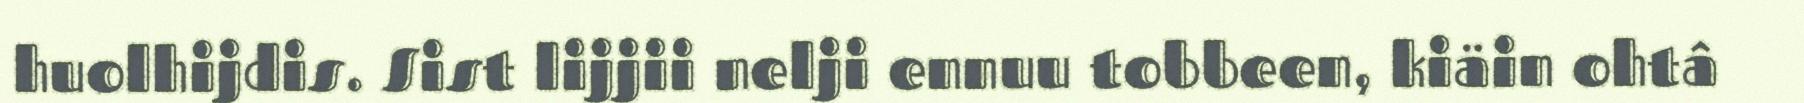
huolhijdis. Sist lijjii nelji ennuu tobbeen, kiäin ohtâ